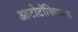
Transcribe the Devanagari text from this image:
आटोटॉक्सिकस